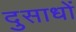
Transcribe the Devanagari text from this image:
दुसाधों